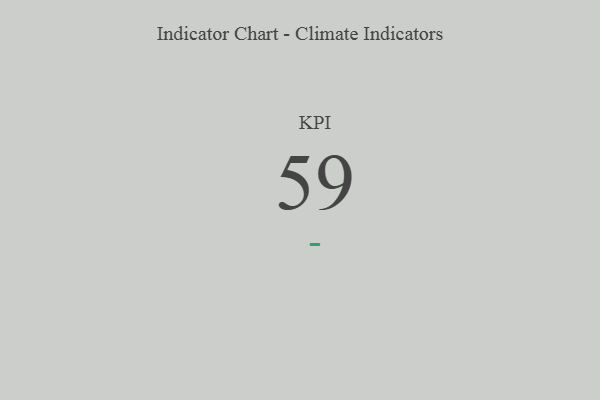
{"axis": {"x": "KPI", "y": "Value"}, "legend": [""], "data": [{"x": "KPI", "y": 59, "type": ""}]}